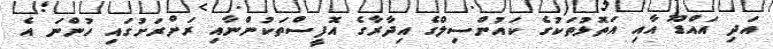
އަދި އައްޑޫ އާއި އަތޮޅުތަކުގެ ކައުންސިލްގެ އިދާރާގެ އޮފީސްތަކުންނާއި ރަށްރަށުގައި ހުންނަ އެ